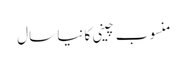
منسوب چینی کا نیا سال